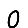
Digit: 0